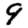
Digit: 9